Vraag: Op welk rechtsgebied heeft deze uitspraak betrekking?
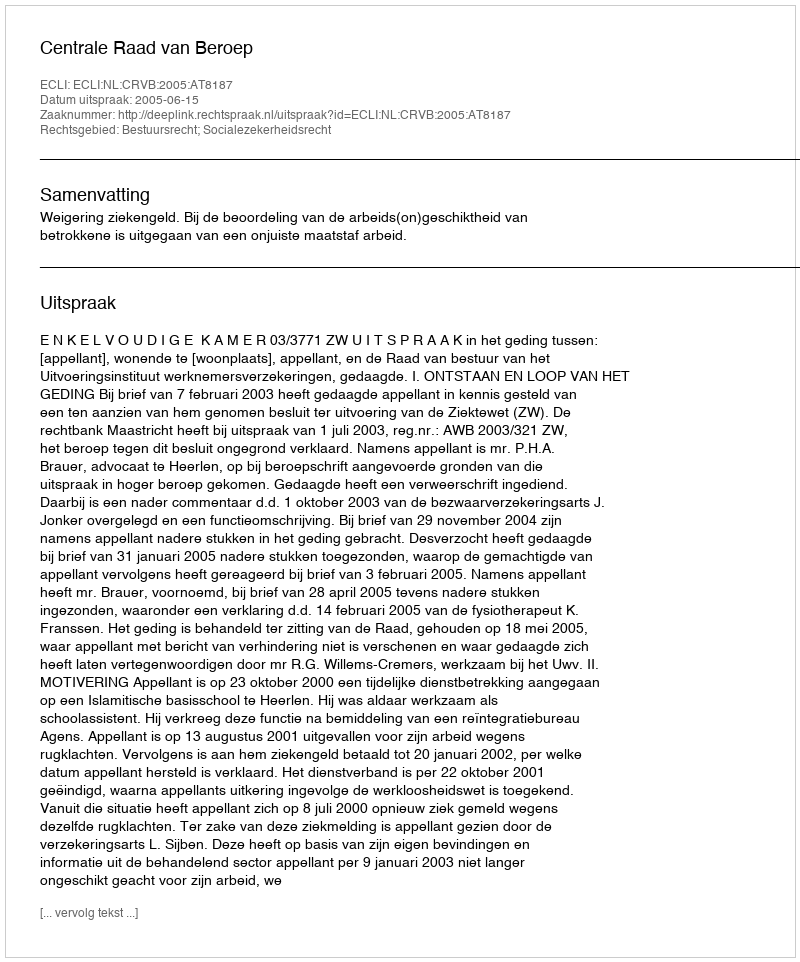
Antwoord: Bestuursrecht; Socialezekerheidsrecht